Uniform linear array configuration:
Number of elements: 24
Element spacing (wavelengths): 0.25
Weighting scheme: cosine
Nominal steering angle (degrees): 15
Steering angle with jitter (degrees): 15.324
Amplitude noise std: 0.05
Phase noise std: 0.05

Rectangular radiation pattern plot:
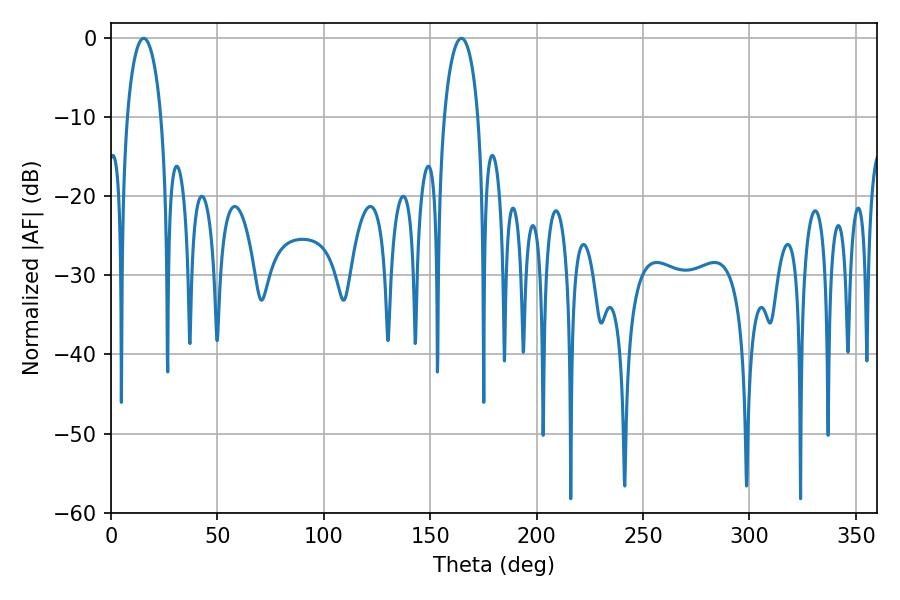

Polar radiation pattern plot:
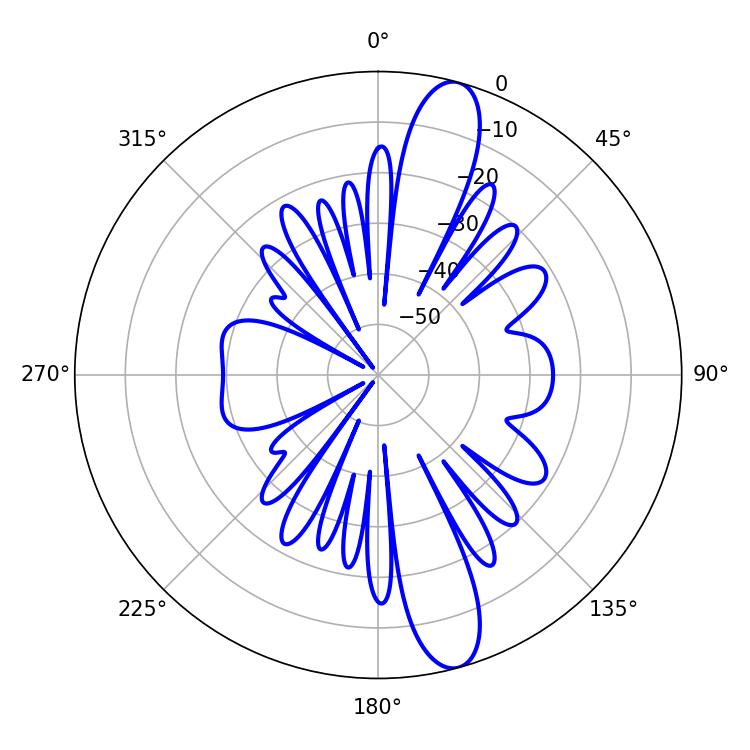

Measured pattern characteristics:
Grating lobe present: FALSE
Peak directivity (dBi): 13.31
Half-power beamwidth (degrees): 9.18
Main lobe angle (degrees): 15.3